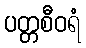
ပတ္တစီဝရံ